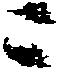
ニ